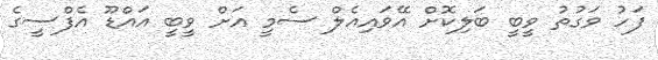
ފަހު ވަގުތު ވީބީ ބަލިކޮށް އޭވައިއެލް ސެމީ އަށް ވީބީ އައްޑޫ އެފްސީގެ